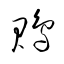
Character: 鵙